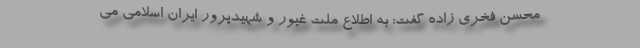
محسن فخری زاده گفت: به اطلاع ملت غیور و شهیدپرور ایران اسلامی می‌